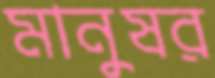
মানুষর